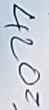
420